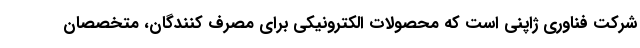
شرکت فناوری ژاپنی است که محصولات الکترونیکی برای مصرف کنندگان، متخصصان